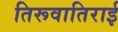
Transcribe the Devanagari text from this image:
तिरूवातिराई